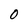
Character: O